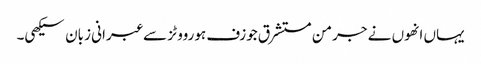
یہاں انھوں نے جرمن مستشرق جوزف ہورووٹز سے عبرانی زبان سیکھی۔